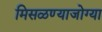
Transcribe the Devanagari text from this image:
मिसळण्याजोग्या